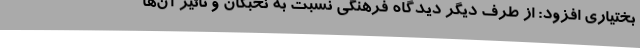
بختیاری افزود: از طرف دیگر دیدگاه فرهنگی نسبت به نخبگان و تاثیر آن‌ها